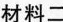
材料二